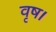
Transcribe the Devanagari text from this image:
वृष।